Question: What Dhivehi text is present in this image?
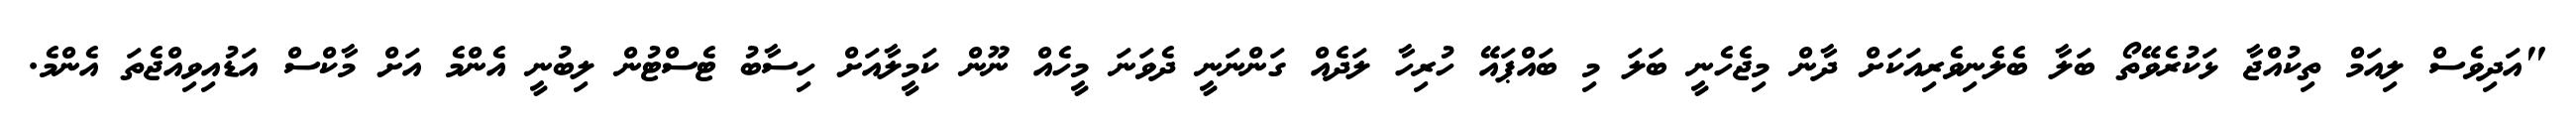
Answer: "އަދިވެސް ލިއަމް ތިކުއްޖާ ޅަކުރެވޭތޯ ބަލާ ބެލެނިވެރިއަކަށް ދާން މިޖެހެނީ ބަލަ މި ބައްޕައޭ ހުރިހާ ލަދެއް ގަންނަނީ ދެވަނަ މީހެއް ނޫން ކަމީލާއަށް ހިސާބު ޓެސްޓުން ލިބުނީ އެންމެ އަށް މާކްސް އަޑުއިވިއްޖެތަ އެންމެ.